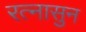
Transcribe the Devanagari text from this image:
रत्‍नासुन